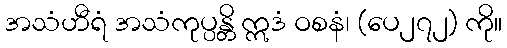
အသံဟီရံ အသံကုပ္ပန္တိ ဣဒံ ဝစနံ၊ (ပေ၂၇၂) ကို။